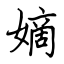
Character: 嫡